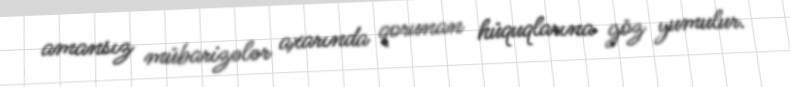
amansız mübarizələr axarında qorunan hüquqlarına göz yumulur.